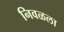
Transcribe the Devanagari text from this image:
निवळला